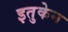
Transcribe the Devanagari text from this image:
इतुकेन